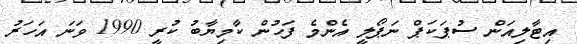
އިޓާލިއަން ސުޕަކަޕް ނަޕޯލީ އެންމެ ފަހުން ކާމިޔާބު ކުރީ 1990 ވަނަ އަހަރު